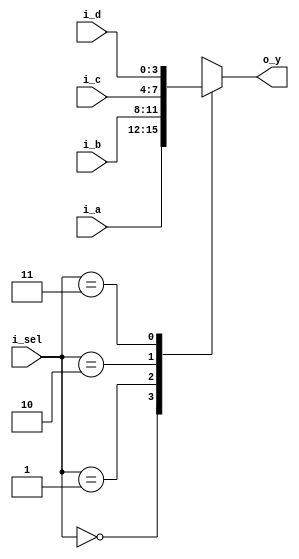
`timescale 1ns / 1ps


module mux_4x1(
    input [3:0] i_a, i_b, i_c, i_d,
    input [1:0] i_sel,
    output [3:0] o_y
    );
    
    reg [3:0] r_y = 0;
    assign o_y = r_y;
    
    always @(i_sel) begin
        case(i_sel)
            0: r_y = i_a;
            1: r_y = i_b;
            2: r_y = i_c;
            3: r_y = i_d;
        endcase
    end
endmodule